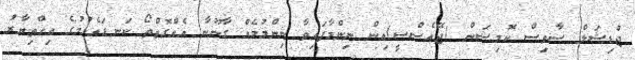
ޖުޑިޝަލް ސާވިސް ކޮމިޝަން (ޖޭއެސްސީ)އިން ނިންމާފައިވާ ނިންމުމެއް ގާނޫނާ އެއްގޮތްތޯ ކަނޑައެޅުމުގެ އިހްތިޔާރު